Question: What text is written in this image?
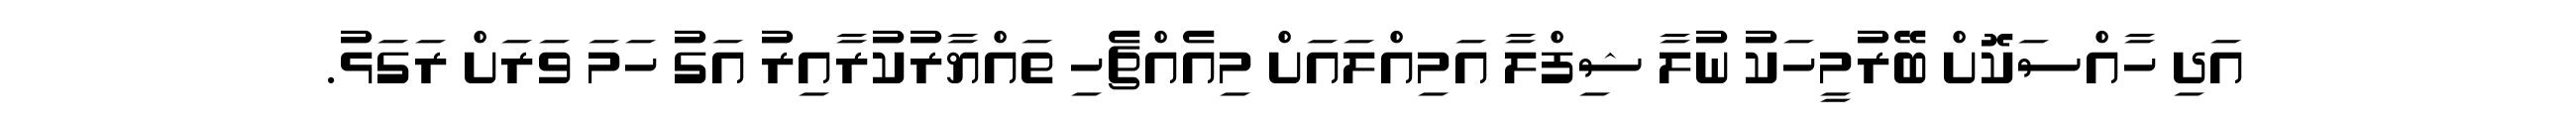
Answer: އަދި ހާއްސަކޮށް ބޭރުމީހަކު ނުލާ ޝިފްލާ އަމިއްލައަށް މިއެއްޗެހި ތައްޔާރުކުރާއިރު އަގު ހަމަ ވަރަށް ރަގަޅު.